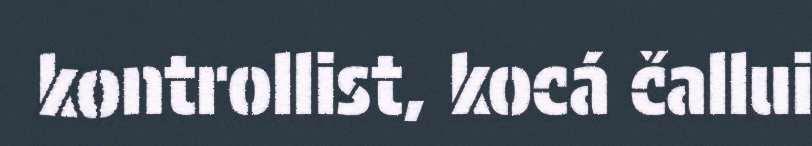
kontrollist, kocá čallui